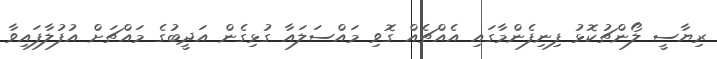
ރިޔާސީ ލޯންޗުކޮޅު ފިނިފެންމާގައި އެއްޗެއް ގޮވި މައްސަލައާ ގުޅިގެން އަދީބުގެ މައްޗަށް އުފުލާފައިވާ